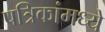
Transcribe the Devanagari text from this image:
पत्रिकांमध्ये